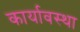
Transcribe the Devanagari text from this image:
कार्यावस्था